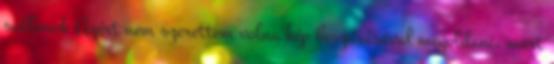
sablonok Azért nem szerettem volna kép beszúrásával megoldani, mert